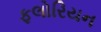
ફલોરિયન